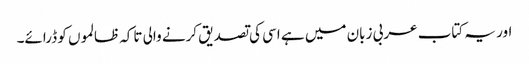
اور یہ کتاب عربی زبان میں ہے اسی کی تصدیق کرنے والی تاکہ ظالموں کو ڈرائے۔